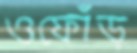
ওফোঁড়